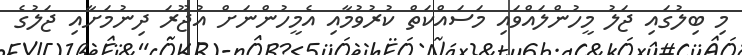
މި ބިލުގައި ޖަލު މީހުންލައްވައި މަސައްކަތް ކުރުވުމާއި އެމީހުންނަށް އުޖޫރަ ދިނުމަށާއި ޖަލުގެ